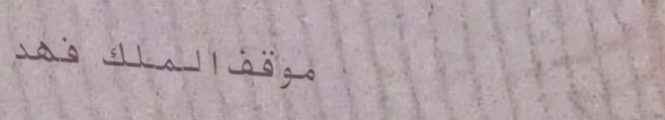
موقف الملك فهد